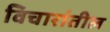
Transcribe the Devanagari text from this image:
विचारांतील